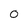
Character: 0